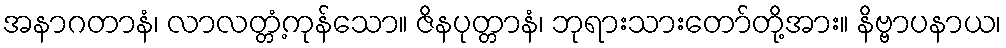
အနာဂတာနံ၊ လာလတ္တံ့ကုန်သော။ ဇိနပုတ္တာနံ၊ ဘုရားသားတော်တို့အား။ နိဗ္ဗာပနာယ၊